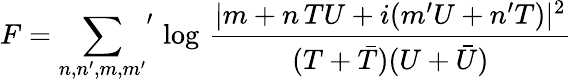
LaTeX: F={\sum_{n,n^{\prime},m,m^{\prime}}}^{\prime}\, \log\, \frac{|m+n\, TU+i(m^{\prime}U+n^{\prime}T)|^{2}}{(T+\bar{T})(U+\bar{U})}